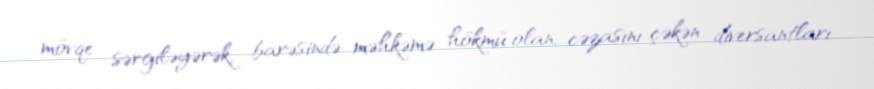
mövqe sərgiləyərək, barəsində məhkəmə hökmü olan, cəzasını çəkən diversantları